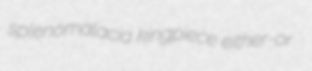
splenomalacia kingpiece either-or